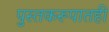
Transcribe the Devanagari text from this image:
पुस्तकरूपातही